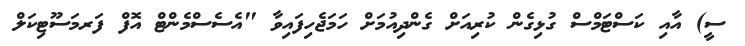
ސީ) އާއި ކަސްޓަމްސް ގުޅިގެން ކުރިއަށް ގެންދިއުމަށް ހަމަޖެހިފައިވާ "އެސެސްމެންޓް އޮފް ފަރމަސޫޓިކަލް